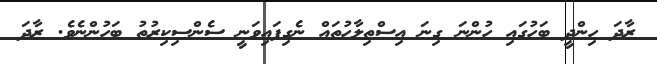
ރާދަ ހިންދީ ބަހުގައި ހުންނަ ގިނަ އިސްތިލާހުތައް ނެގިފައިވަނީ ސެންސިކިރުތު ބަހުންނެވެ. ރާދަ